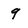
Character: 9